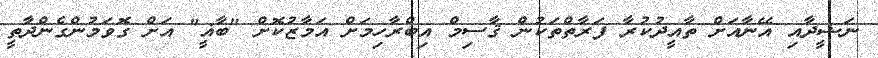
ނަޝީދާއި އޭނާއަށް ތާއީދުކުރާ ފަރާތްތަކުން ޤާސިމް އިބްރާހިމަށް އަމާޒުކޮށް "ބާޣީ" އަށް ގޮވަމުންގެންދާތީ